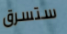
ستسرق